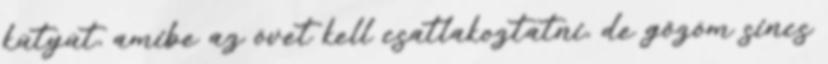
kütyüt, amibe az övet kell csatlakoztatni, de gőzöm sincs